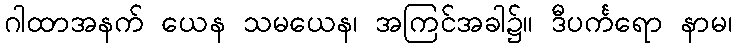
ဂါထာအနက် ယေန သမယေန၊ အကြင်အခါ၌။ ဒီပင်္ကရော နာမ၊